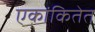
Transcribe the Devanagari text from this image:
एकांकितेत